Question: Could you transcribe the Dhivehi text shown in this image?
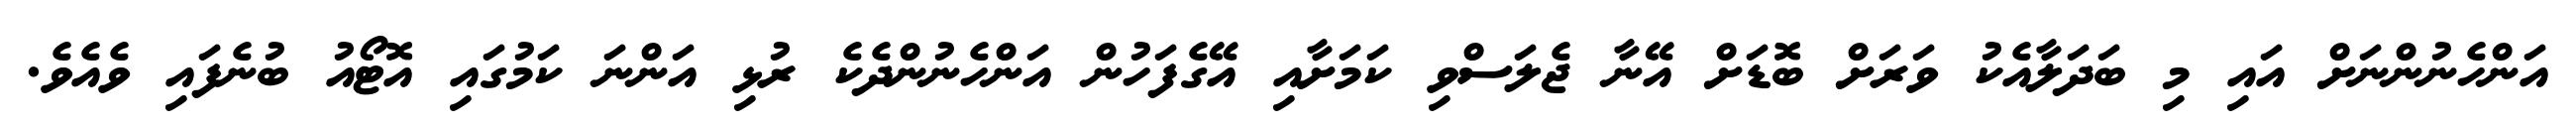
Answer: އަންހެނުންނަށް އައި މި ބަދަލާއެކު ވަރަށް ބޮޑަށް އޭނާ ޖެލަސްވި ކަމަށާއި އޭގެފަހުން އަންހެނުންދެކެ ރުޅި އަންނަ ކަމުގައި އޮޓޯއު ބުނެފައި ވެއެވެ.